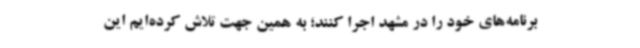
برنامه‌های خود را در مشهد اجرا کنند؛ به همین جهت تلاش کرده‌ایم این